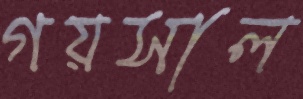
গয়সাল